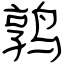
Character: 鹑